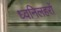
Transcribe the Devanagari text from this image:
ध्वनिलहरों